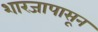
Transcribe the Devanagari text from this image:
शारजापासून